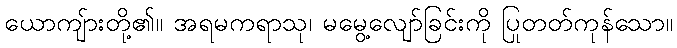
ယောကျ်ားတို့၏။ အရမကရာသု၊ မမွေ့လျော်ခြင်းကို ပြုတတ်ကုန်သော။